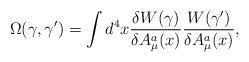
LaTeX: \begin{align*}\Omega (\gamma, \gamma ') = \int d^4x\frac{\delta W(\gamma )}{\delta A^a_\mu (x)}\frac{W(\gamma ')}{\delta A^a_\mu (x)},\end{align*}